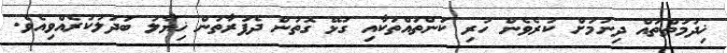
ޚިދުމަތްތައް ދިނުމަށް ކުރެވެން ހުރި ކަންތައްތަކާއި ގުޅޭ ގޮތުން ދެފަރާތުން ޚިޔާލު ބަދަލުކުރެއްވިއެވެ.